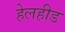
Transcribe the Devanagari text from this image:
हेलहीड